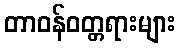
တာဝန်ဝတ္တရားများ